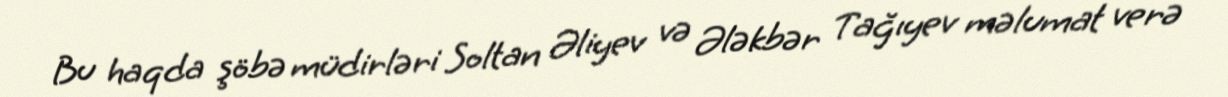
Bu haqda şöbə müdirləri Soltan Əliyev və Ələkbər Tağıyev məlumat verə